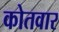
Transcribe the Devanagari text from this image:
कोतवार